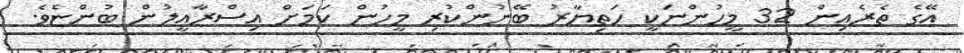
އޭގެ ތެރެއިން 32 މީހުންނަކީ ހަތިޔާރު ބޭނުންކުރި މީހުން ކަމަށް އިސްރާއީލުން ބުންޏެެވެ.